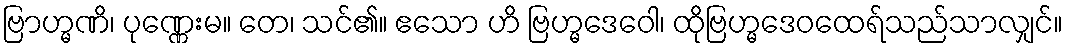
ဗြာဟ္မဏိ၊ ပုဏ္ဏေးမ။ တေ၊ သင်၏။ ဧသော ဟိ ဗြဟ္မဒေဝေါ၊ ထိုဗြဟ္မဒေဝထေရ်သည်သာလျှင်။